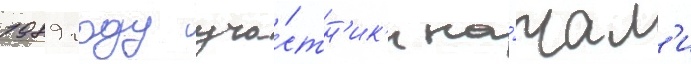
1989 году уча́стн'ик'и на́чал'и